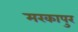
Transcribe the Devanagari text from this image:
मरकापुर